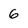
Character: 6